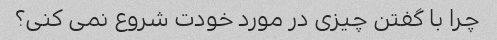
چرا با گفتن چیزی در مورد خودت شروع نمی کنی؟